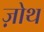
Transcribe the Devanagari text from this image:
ज़ोथ